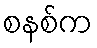
စနစ်က